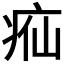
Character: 𬏣